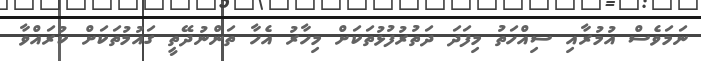
ނަމަވެސް އުމުރާއި ސިއްހަތު މިފަދަ ދަތުރުފުޅުތަކަށް މިހާރު އެހާ ތަންނުދޭތީ ގައުމުތަކަށް ކުރައްވާ